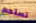
تستحم